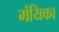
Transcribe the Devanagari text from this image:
मंयिका